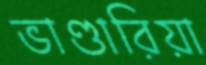
ভাণ্ডারিয়া